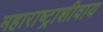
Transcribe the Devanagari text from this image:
महाराष्ट्राशीवाय